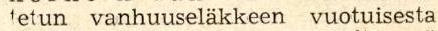
tetun vanhuuseläkkeen vuotuisesta